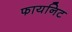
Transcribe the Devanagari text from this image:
फायनिट